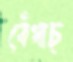
বেঁধাচ্